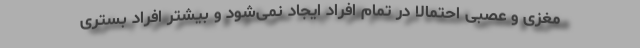
مغزی و عصبی احتمالا در تمام افراد ایجاد نمی‌شود و بیشتر افراد بستری